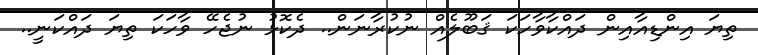
ތިޔަ އިންޑިއާއިން ދައްކާވާހަކަ ޤަބޫލެއް ނުކުރާނަން.. ދެކޮޅު ނުޖެހޭ ވާހަކަ ތިޔަ ދައްކަނީ..